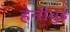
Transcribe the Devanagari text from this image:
हेन्‍रीवुड